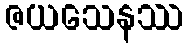
ဇယသေနဿ